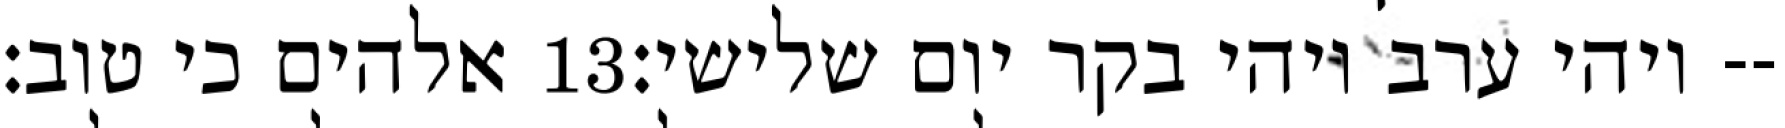
אלהים כי טוב׃ ‎13‏ ויהי ערב ויהי בקר יום שלישי׃--